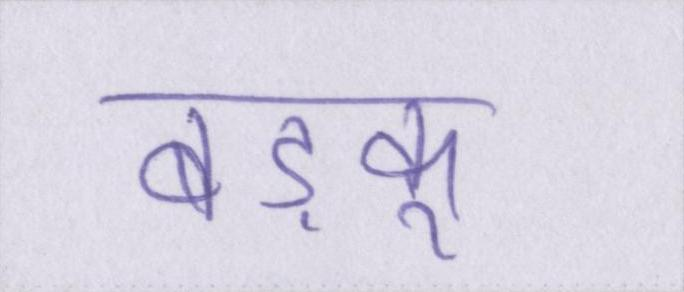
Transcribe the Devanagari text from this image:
बड़कू